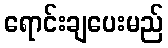
ရောင်းချပေးမည်